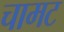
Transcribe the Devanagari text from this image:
चामट